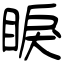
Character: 睙